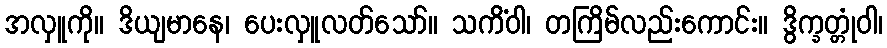
အလှူကို။ ဒိယျမာနေ၊ ပေးလှူလတ်သော်။ သကိံဝါ၊ တကြိမ်လည်းကောင်း။ ဒွိက္ခတ္တုံဝါ၊